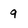
Character: q